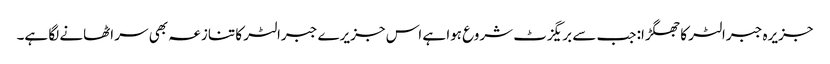
جزیرہ جبرالٹر کا جھگڑا: جب سے بریگزٹ شروع ہوا ہے اس جزیرے جبرالٹر کا تنازعہ بھی سر اٹھانے لگا ہے۔